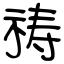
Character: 祷